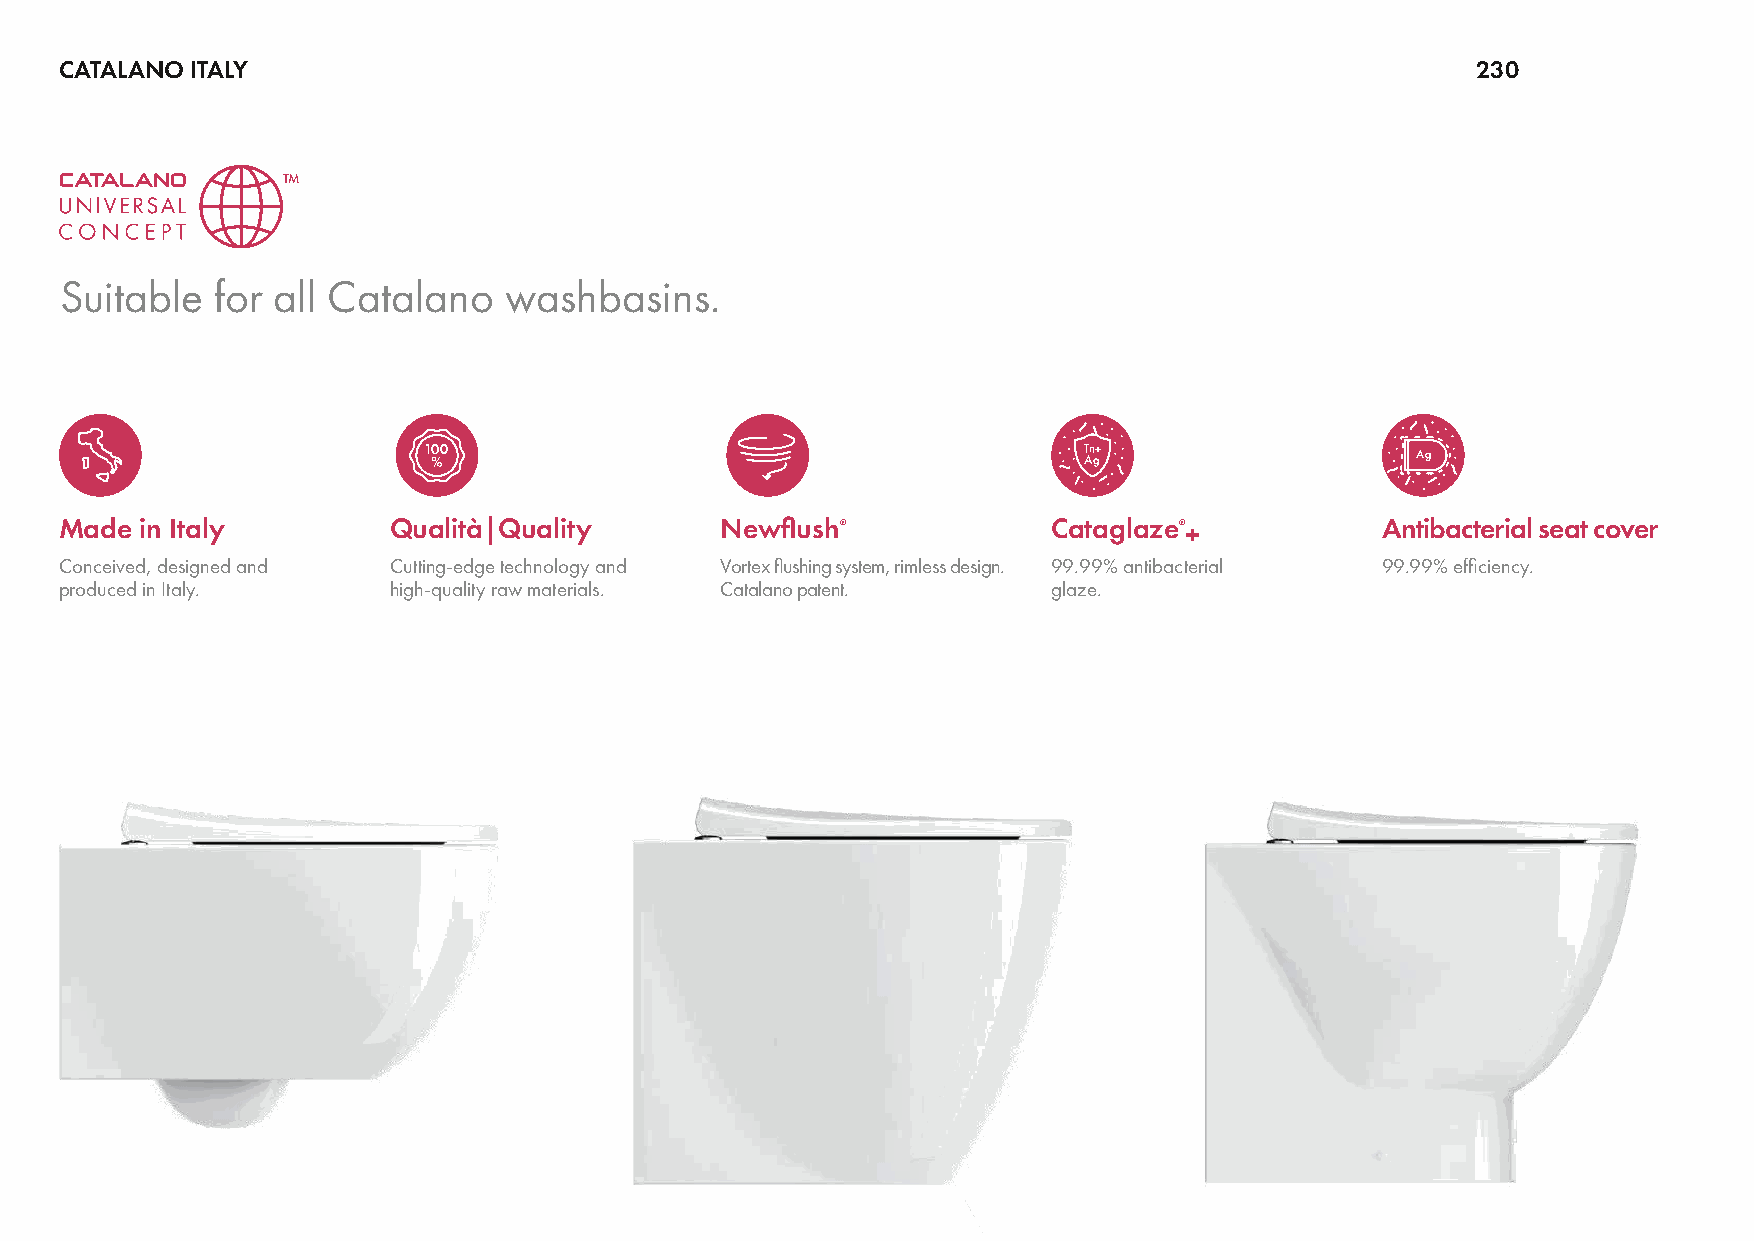
CATALANO ITALY                                                                                230
 TM
 Suitable  for all Catalano   washbasins.
 Made in Italy         Qualità|Quality       Newflush®             Cataglaze®+          Antibacterial seat cover
 Conceived, designed and Cutting-edge technology and Vortex flushing system, rimless design. 99.99% antibacterial 99.99% efficiency.
 produced in Italy.    high-quality raw materials. Catalano patent. glaze.